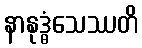
နာနုဒ္ဓံသေဿတိ